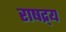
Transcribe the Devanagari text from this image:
राषद्र्य